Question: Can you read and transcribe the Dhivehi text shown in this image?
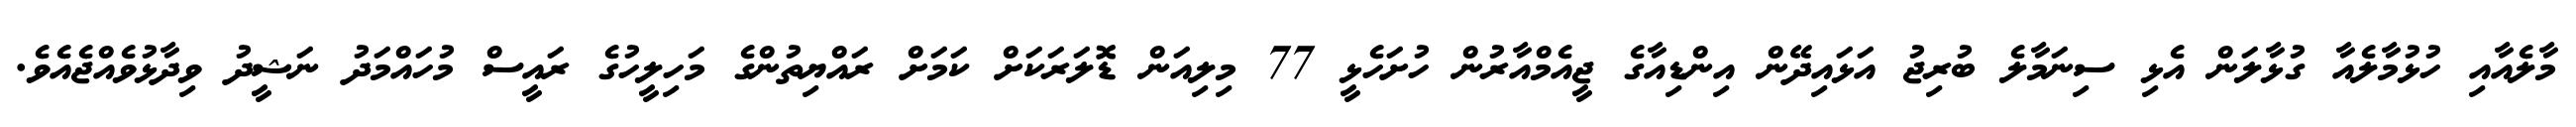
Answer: މާލެއާއި ހުޅުމާލެއާ ގުޅާލަން އެޅި ސިނަމާލެ ބުރިޖު އަޅައިދޭން އިންޑިއާގެ ޖީއެމްއާރުން ހުށަހެޅީ 77 މިލިއަން ޑޮލަރަކަށް ކަމަށް ރައްޔިތުންގެ މަހިލީހުގެ ރައީސް މުހައްމަދު ނަޝީދު ވިދާޅުވެއްޖެއެވެ.